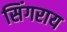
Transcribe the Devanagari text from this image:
सिंगराय